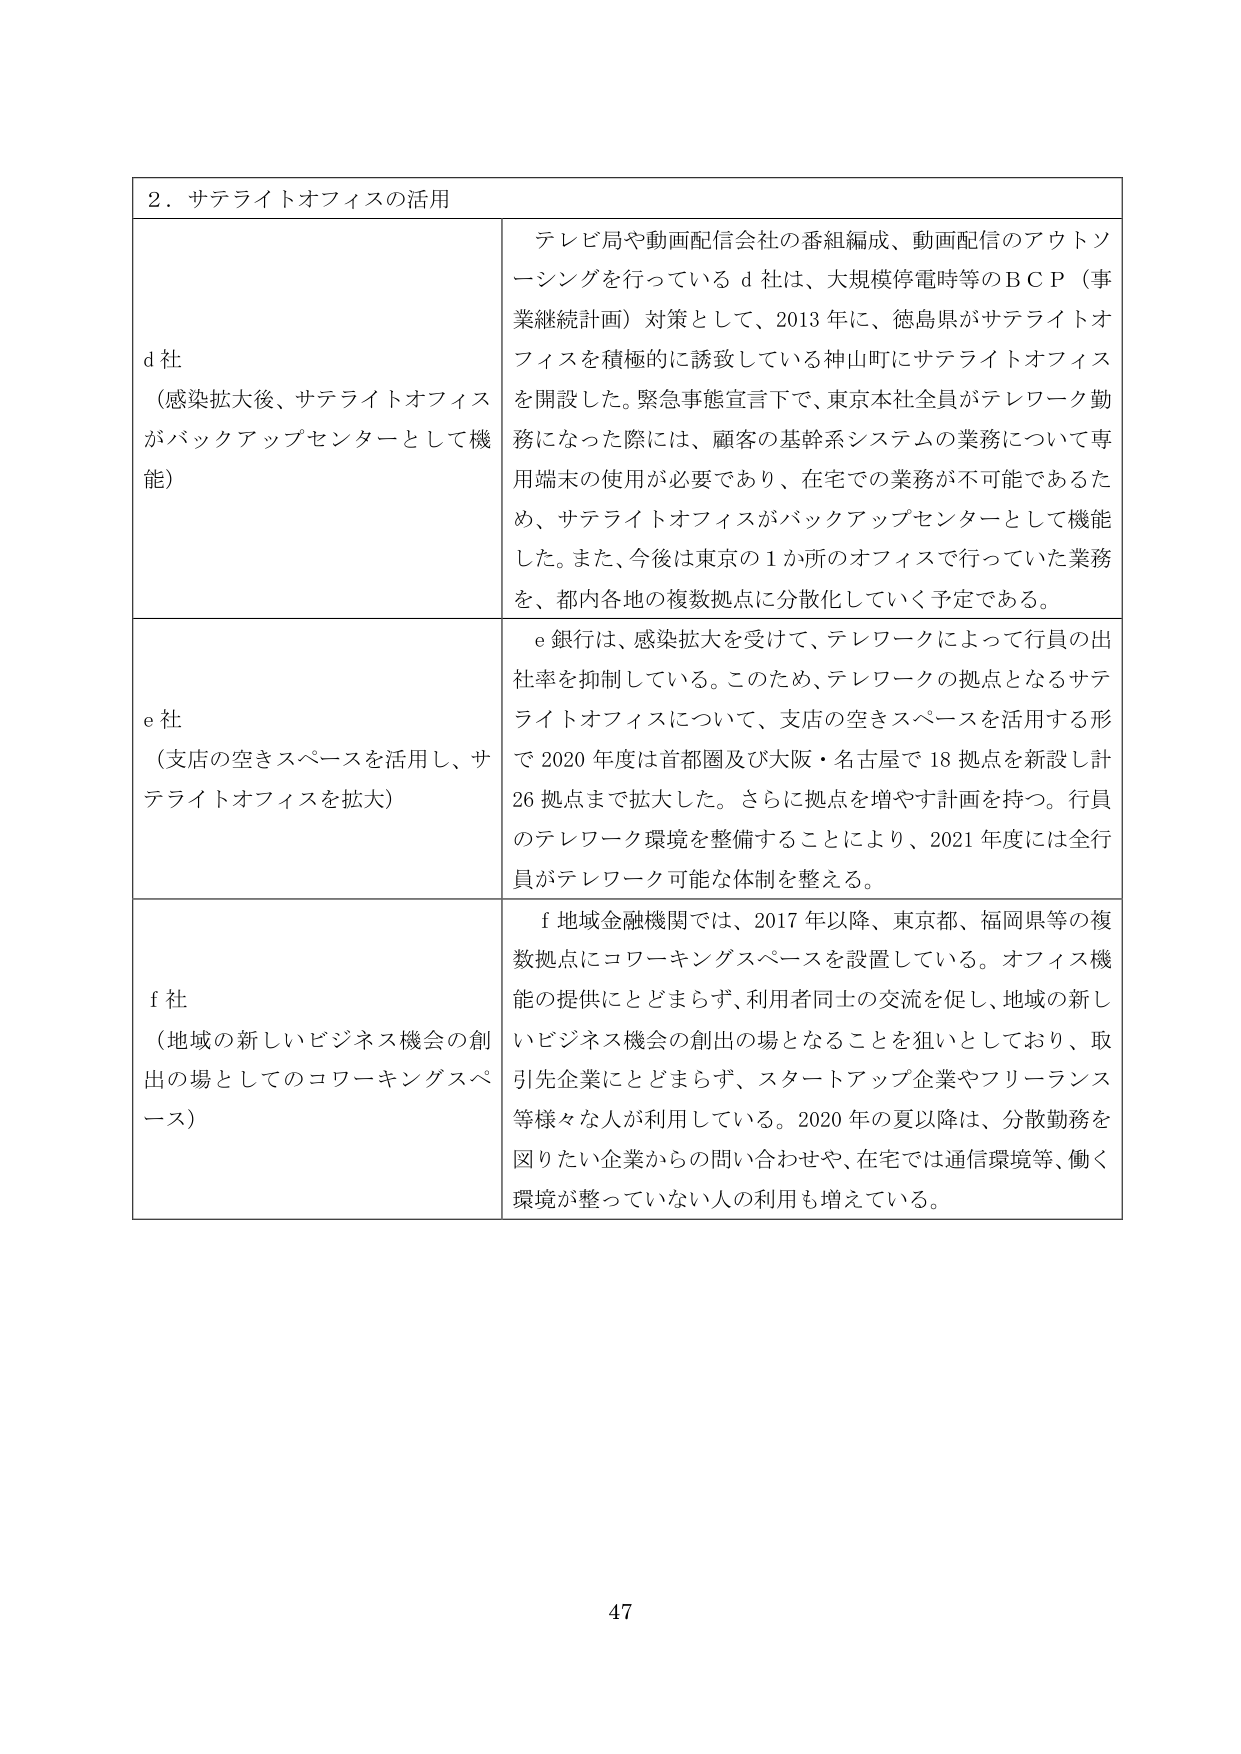
２．サテライトオフィスの活用

d 社
（感染拡大後、サテライトオフィス
がバックアップセンターとして機能）

テレビ局や動画配信会社の番組編成、動画配信のアウトソ
ーシングを行っている d 社は、大規模停電時等のＢＣＰ（事
業継続計画）対策として、2013 年に、徳島県がサテライトオ
フィスを積極的に誘致している神山町にサテライトオフィス
を開設した。緊急事態宣言下で、東京本社全員がテレワーク勤
務になった際には、顧客の基幹系システムの業務について専
用端末の使用が必要であり、在宅での業務が不可能であるた
め、サテライトオフィスがバックアップセンターとして機能
した。また、今後は東京の１か所のオフィスで行っていた業務
を、都内各地の複数拠点に分散化していく予定である。

e 社
（支店の空きスペースを活用し、サ
テライトオフィスを拡大）

e 銀行は、感染拡大を受けて、テレワークによって行員の出
社率を抑制している。このため、テレワークの拠点となるサテ
ライトオフィスについて、支店の空きスペースを活用する形
で 2020 年度は首都圏及び大阪・名古屋で 18 拠点を新設し計
26 拠点まで拡大した。さらに拠点を増やす計画を持つ。行員
のテレワーク環境を整備することにより、2021 年度には全行
員がテレワーク可能な体制を整える。

f 社
（地域の新しいビジネス機会の創
出の場としてのコワーキングスペ
ース）

f 地域金融機関では、2017 年以降、東京都、福岡県等の複
数拠点にコワーキングスペースを設置している。オフィス機
能の提供にとどまらず、利用者同士の交流を促し、地域の新し
いビジネス機会の創出の場となることを狙いとしており、取
引先企業にとどまらず、スタートアップ企業やフリーランス
等様々な人が利用している。2020 年の夏以降は、分散勤務を
図りたい企業からの問い合わせや、在宅では通信環境等、働く
環境が整っていない人の利用も増えている。

47